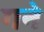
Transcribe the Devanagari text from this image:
गने